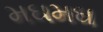
મઘમઘ